Kaarli_hariduselts_Sade, lk 46
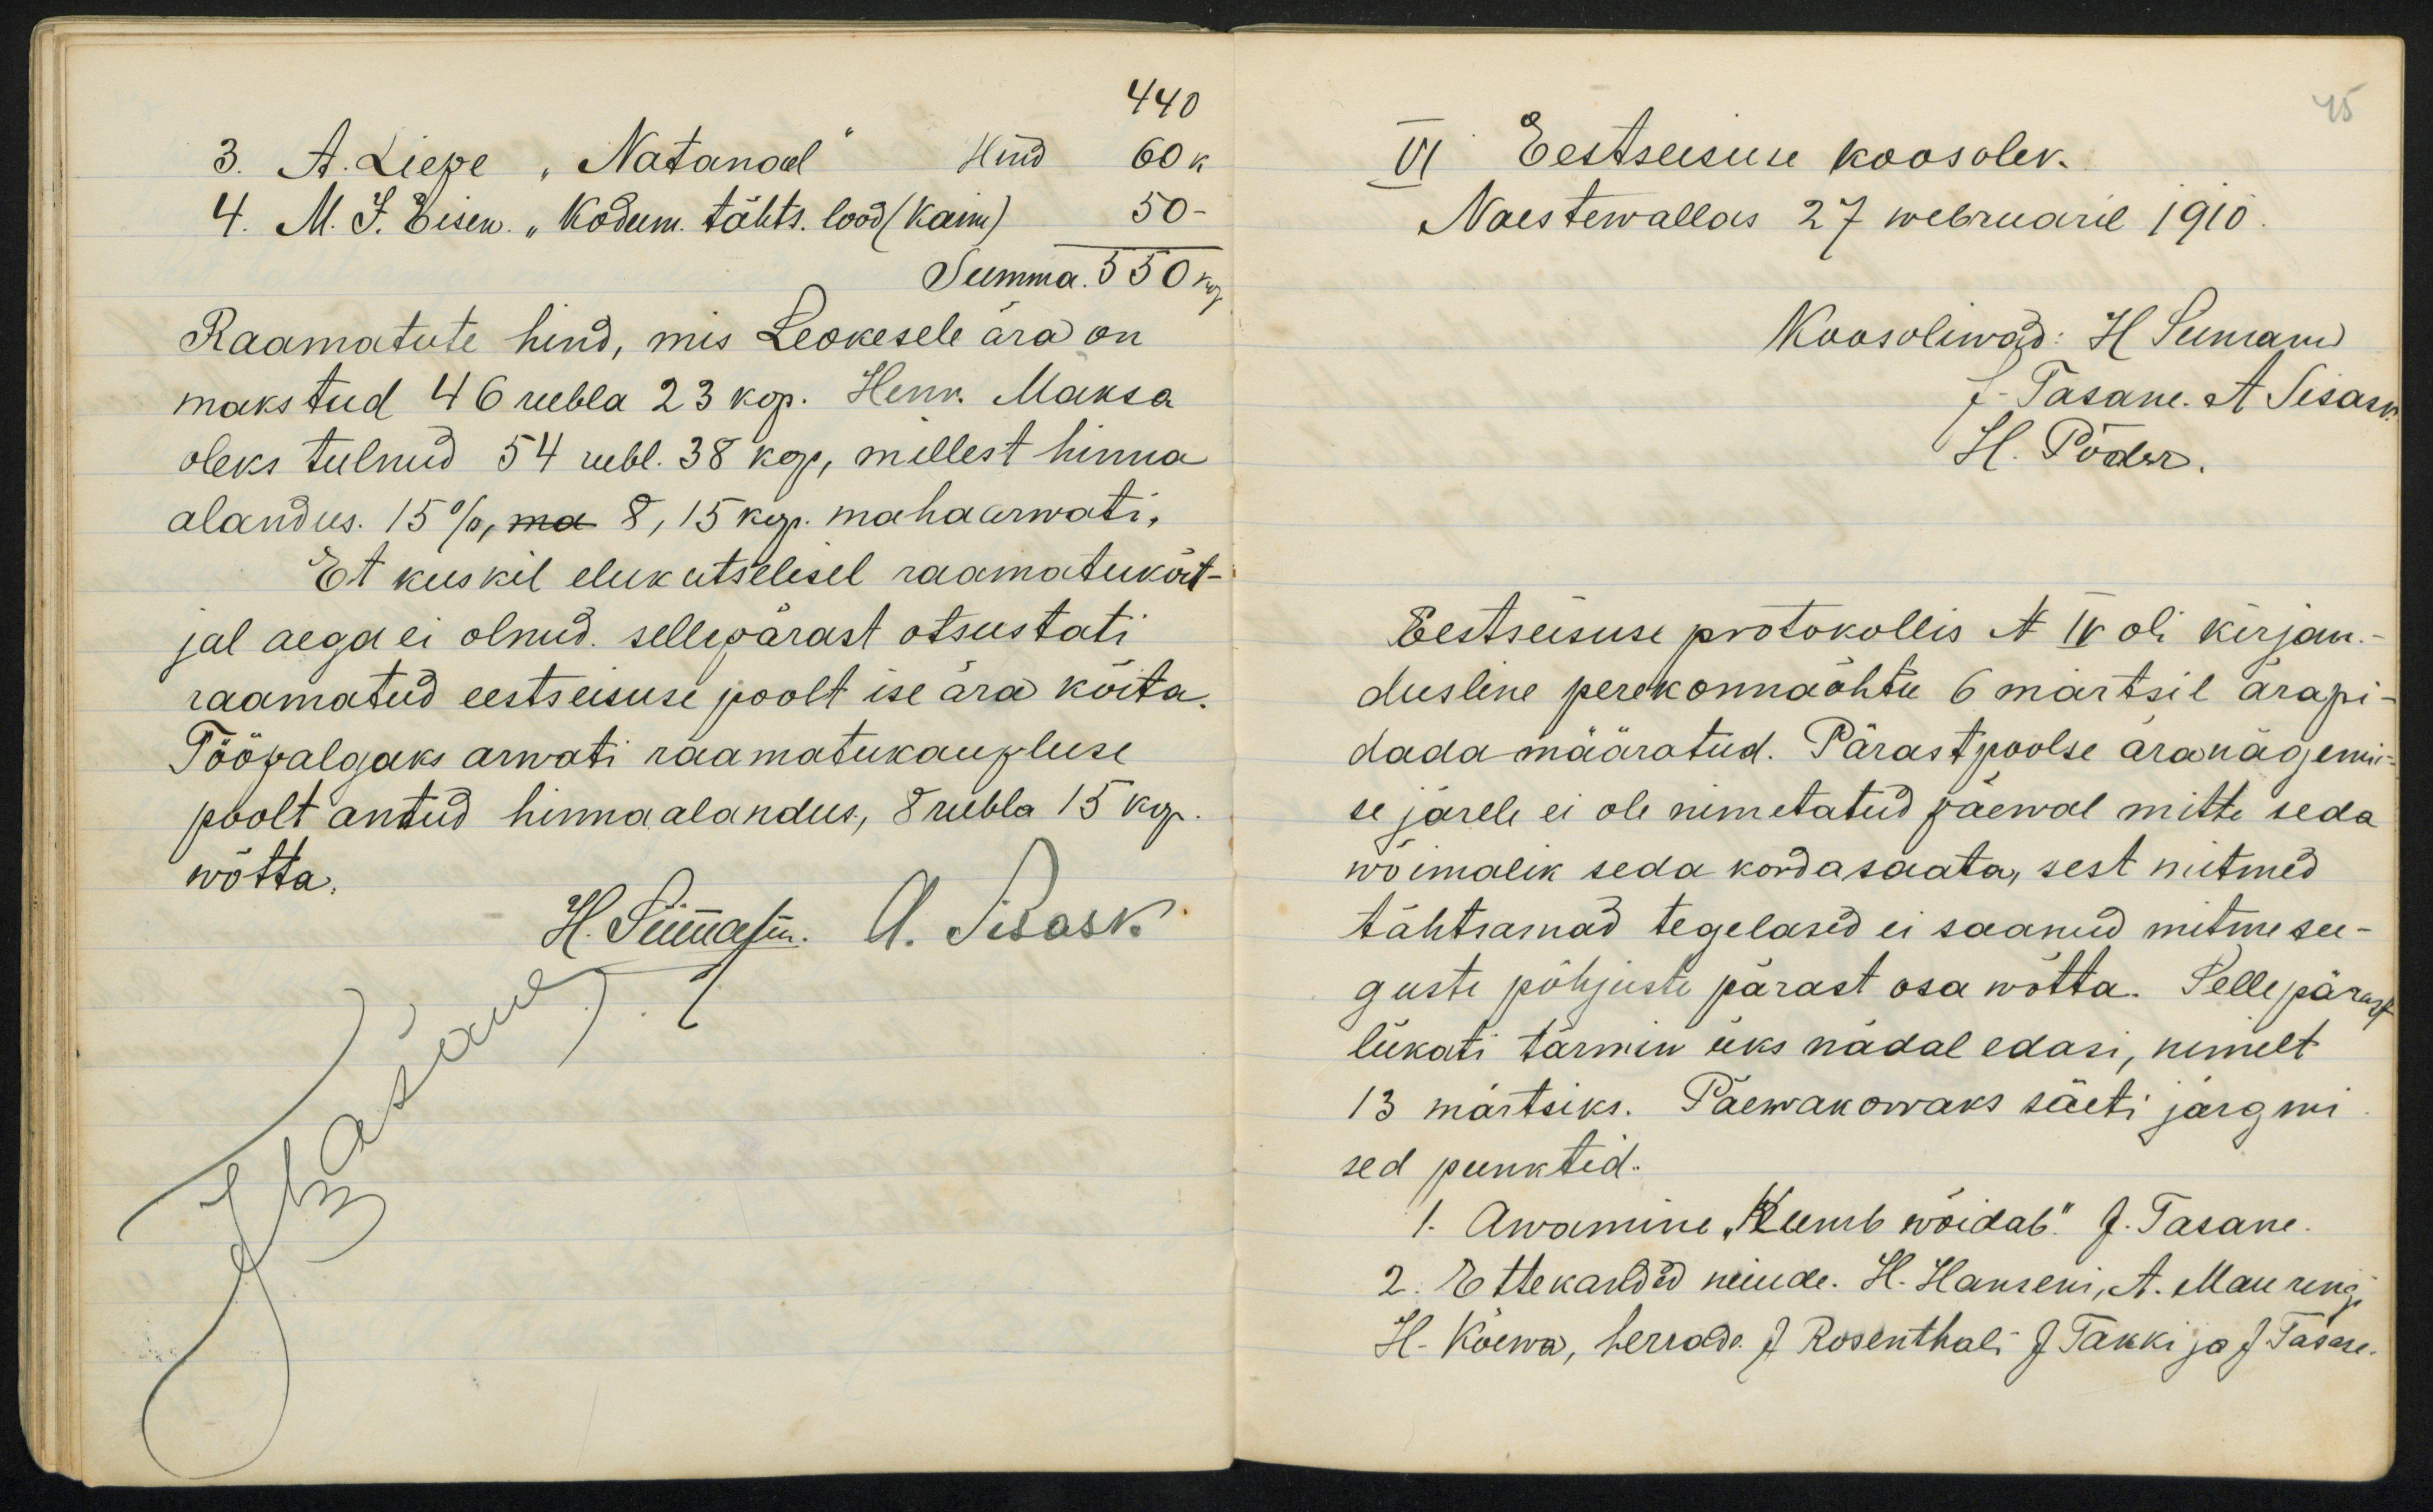
3. ALiepe Natanad4. M. J. Eisen. "Kodum. tähts. lood/ kan)Teemma 550 kop.Raamatute hind, mis Leokesele ära onmakstud 46 reebla 23 kop. Henr. Maksaoleks tulnud 54 rubl. 38 kop, mellest hinnaalandus. 15%/2,ma 8, 15 kop. mahaarwati,Et kus kil elukutselesel raamatukõrt-jal aega ei olnud. sellepärast otsustatiraamatud eestseisuse poolt ise ära koita.Töövalgaks arwati raamatukauplusepoolt antud hinnaalandus, F rubla 15 kop.wõtta.

Eestseisus koosolev.Naestewallas 27 webruaril 1910.Eestseisuse protokollis N 1V oli kirjan.duslene perekõnnaõhtu 6 märtsil ärapi-dada mäaratud. Pärastpoolse äranaoemi-ee järele ei ole nimetatud jaewal mitte sedawõimalik seda kordasaata, sest mutmedtähtramad tegelasid ei saanud mitme see-guste põhjuste pärast osa wõtta. Sellepärastliekati tärmin üeks nadal edasi, nimelt13 martsiks. Paewakorraks saeti järgmised punktid.1. Awanini Reemb wõidab" J. Tasane-2. Ettekarlded nuude. H. Hanreni, A. MauringiH. Koewa, herraa J Rosenthali G Takki ja JJasani-